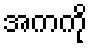
အကကို